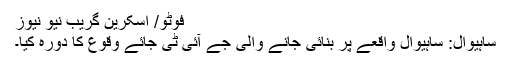
فوٹو/ اسکرین گریب نیو نیوز
ساہیوال: ساہیوال واقعے پر بنائی جانے والی جے آئی ٹی جائے وقوع کا دورہ کیا۔